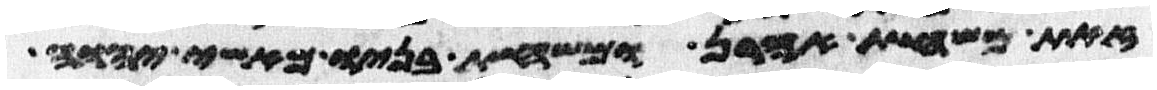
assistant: זאת משחת אהרן ומשחת בניו מאשי יהוה